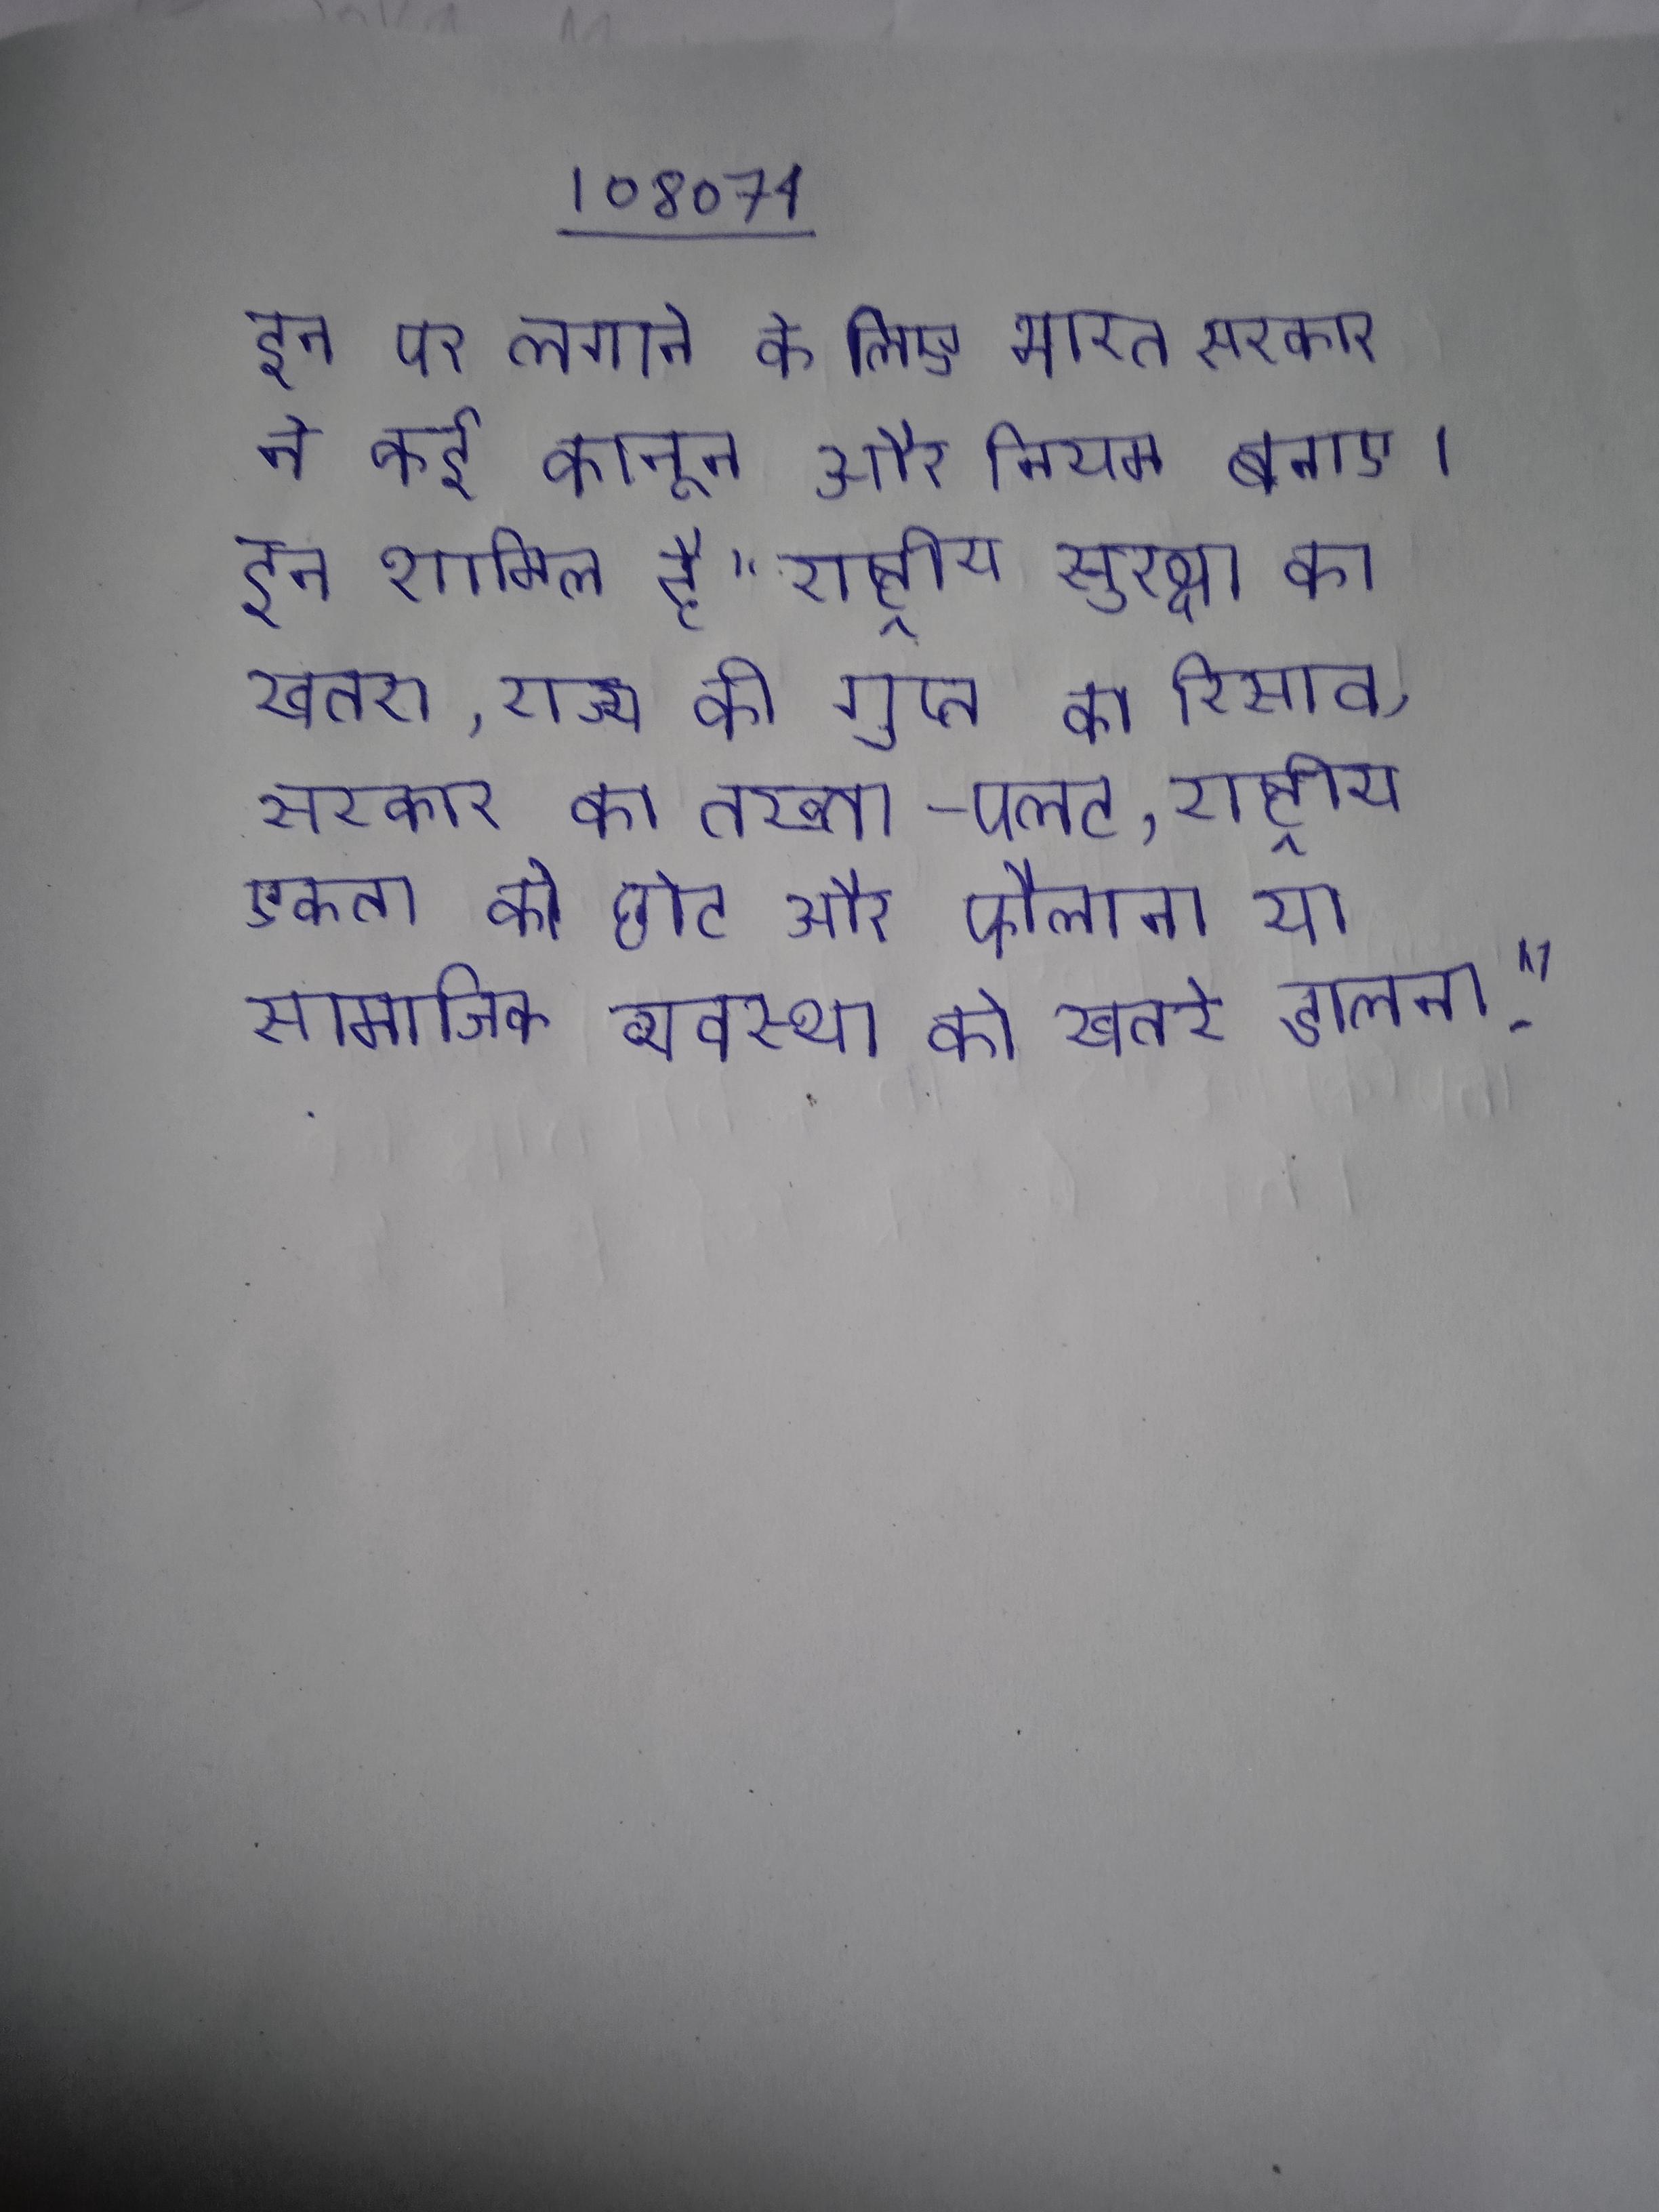
इन पर लगाने के लिए भारत सरकार ने कई कानून और नियम बनाए । इन शामिल है "राष्ट्रीय सुरक्षा का खतरा, राज्य की गुप्त का रिसाव, सरकार का तख्ता-पलट, राष्ट्रीय एकता को छोट और फैलाना या सामाजिक व्यवस्था को खतरे डालना" .